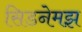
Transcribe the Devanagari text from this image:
सिडनेमझ